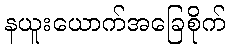
နယူးယောက်အခြေစိုက်